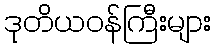
ဒုတိယဝန်ကြီးများ